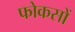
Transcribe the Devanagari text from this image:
फोकसों